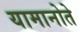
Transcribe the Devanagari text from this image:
यामानोते